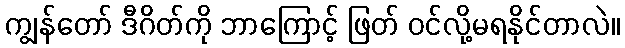
ကျွန်တော် ဒီဂိတ်ကို ဘာကြောင့် ဖြတ် ဝင်လို့မရနိုင်တာလဲ။